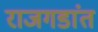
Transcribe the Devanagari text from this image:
राजगडांत